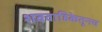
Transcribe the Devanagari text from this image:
शववाहिकेतूनच